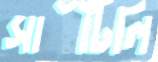
সাঁটিলি